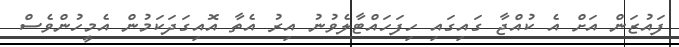
ފައުޒަން އަށް އެ ކުއްޖާ ގައިގައި ހިފަހައްޓާލެވުނު އިރު އެތާ އޮއިގަދަކަމުން އެމީހުންވެސް